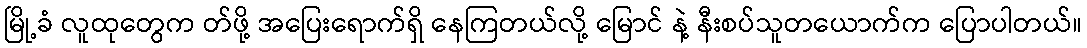
မြို့ခံ လူထုတွေက တ်ဖို့ အပြေးရောက်ရှိ နေကြတယ်လို့ မြောင် နဲ့ နီးစပ်သူတယောက်က ပြောပါတယ်။